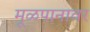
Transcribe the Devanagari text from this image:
मूळपानावर